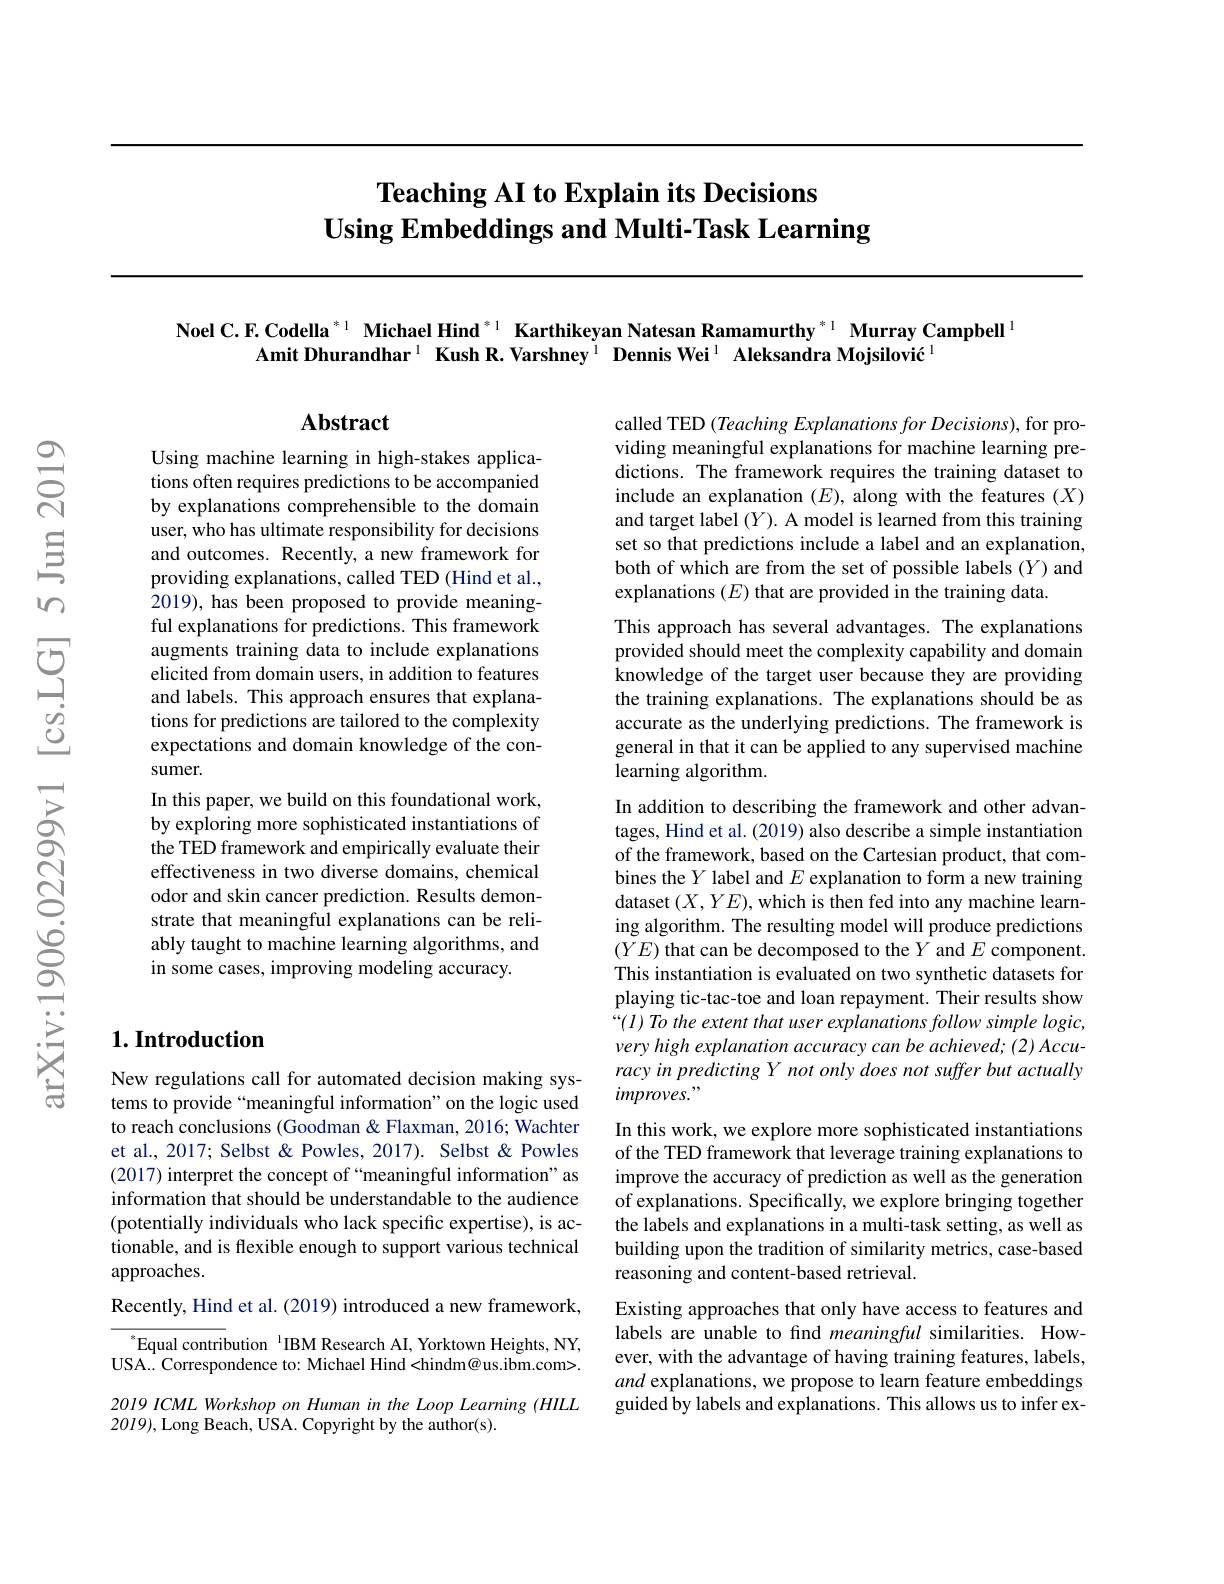
# Teaching AI to Explain its Decisions Using Embeddings and Multi-Task Learning

Noel C. F. Codella $^{*1}$ Michael Hind $^{*1}$ Karthikeyan Natesan Ramamurthy$^{*1}$ Murray Campbell$^{1}$
Amit Dhurandhar$^1$ Kush R.Varshney$^1\textbf{DennisWei}^1$ Aleksandra Mojsilović$^1$

$\mathbf{Abstract}$

called TED (Teaching Explanations for Decisions), for providing meaningful explanations for machine learning predictions. The framework requires the training dataset to include an explanation $(E)$, along with the features $(X)$ and target label $(Y).$ A model is learned from this training set so that predictions include a label and an explanation, both of which are from the set of possible labels (Y) and explanations $(E)$ that are provided in the training data.
This approach has several advantages. The explanations provided should meet the complexity capability and domain knowledge of the target user because they are providing the training explanations. The explanations should be as accurate as the underlying predictions. The framework is general in that it can be applied to any supervised machine learning algorithm.

Using machine learning in high-stakes applications often requires predictions to be accompanied by explanations comprehensible to the domain user, who has ultimate responsibility for decisions and outcomes. Recently, a new framework for providing explanations, called TED (Hind et al., 2019), has been proposed to provide meaningful explanations for predictions. This framework augments training data to include explanations elicited from domain users, in addition to features and labels. This approach ensures that explanations for predictions are tailored to the complexity expectations and domain knowledge of the consumer.
In this paper, we build on this foundational work, by exploring more sophisticated instantiations of the TED framework and empirically evaluate their effectiveness in two diverse domains, chemical odor and skin cancer prediction. Results demonstrate that meaningful explanations can be reliably taught to machine learning algorithms, and in some cases, improving modeling accuracy.

In addition to describing the framework and other advantages, Hind et al. (2019) also describe a simple instantiation of the framework, based on the Cartesian product, that combines the $Y$ label and $E$ explanation to form a new training dataset $(X,YE)$,which is then fed into any machine learning algorithm. The resulting model will produce predictions $(YE)$ that can be decomposed to the $Y$ and $E$ component. This instantiation is evaluated on two synthetic datasets for playing tic-tac-toe and loan repayment. Their results show “(l) To the extent that user explanations follow simple logic, very high explanation accuracy can be achieved; (2) Accuracy in predicting Y not only does not suffer but actually $improves."$
In this work, we explore more sophisticated instantiations of the TED framework that leverage training explanations to improve the accuracy of prediction as well as the generation of explanations. Specifically, we explore bringing together the labels and explanations in a multi-task setting, as well as building upon the tradition of similarity metrics, case-based reasoning and content-based retrieval.
Existing approaches that only have access to features and labels are unable to find meaningful similarities. However, with the advantage of having training features, labels, and explanations, we propose to learn feature embeddings

## $1. \textbf{Introduction}$

New regulations call for automated decision making systems to provide “meaningful information”on the logic used to reach conclusions (Goodman & Flaxman, 2016; Wachter et al., 2017; Selbst & Powles, 2017). Selbst & Powles (2017) interpret the concept of “meaningful information" as information that should be understandable to the audience (potentially individuals who lack specific expertise), is actionable, and is flexible enough to support various technical approaches.
Recently, Hind et al. (2019) introduced a new framework,

guided by labels and explanations. This allows us to infer ex-

$^{*}$Equal contribution $^{\text{I}}$IBM Research AI, Yorktown Heights, NY, USA...Correspondence to: Michael Hind<hindm@us.ibm.com>. 2019 ICML Workshop on Human in the Loop Learning (HILL $20I9)$,Long Beach, USA. Copyright by the author(s).